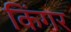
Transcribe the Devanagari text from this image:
किंगर